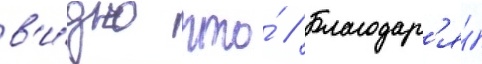
в'и́дно что́ // Благодар'я́